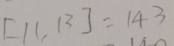
[ 1 1 , 1 3 ] = 1 4 3